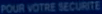
POUR VOTRE SÉCURIT